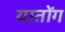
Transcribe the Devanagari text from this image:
यातोंग